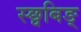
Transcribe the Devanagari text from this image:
स्छ्वबिङ्